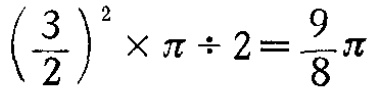
$\left(\frac{3}{2}\right)^{2} \times \pi \div 2=\frac{9}{8}\pi$